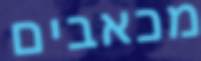
מכאבים